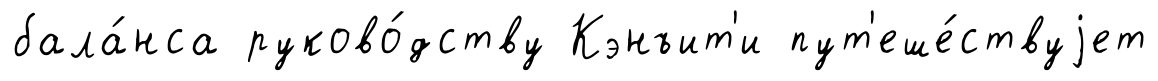
бала́нса руково́дству Кэнъит'и пут'еше́ствуjет